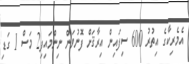
އެމެރިކާގެ އިތުރު 600 ސިފައިން އިރާޤަށް ފޮނުވަން ނިންމައިފި2 މަސް 1 ގަޑި